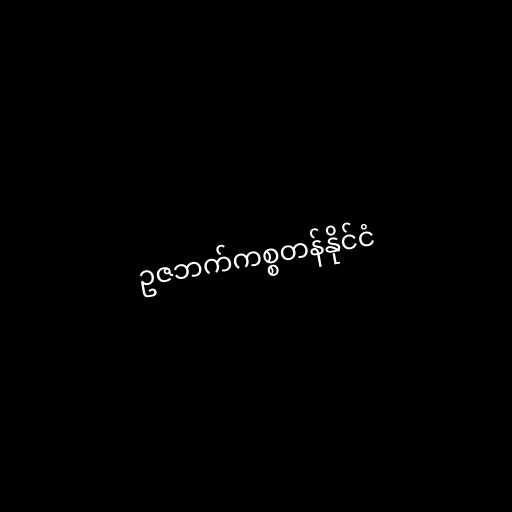
ဥဇဘက်ကစ္စတန်နိုင်ငံ